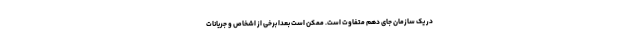
در یک سازمان جای دهم متفاوت است. ممکن است بعدا برخی از اشخاص و جریانات